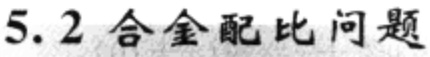
5.2 合金配比问题